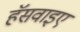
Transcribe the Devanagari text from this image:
हॅसवाइए